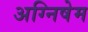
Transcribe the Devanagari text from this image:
अग्निषेम